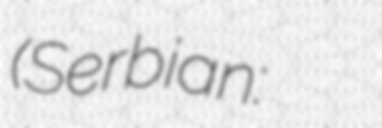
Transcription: (Serbian: Амбасада Србије у